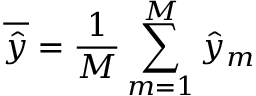
\overline { { \hat { y } } } = \frac { 1 } { M } \sum _ { m = 1 } ^ { M } \hat { y } _ { m }